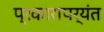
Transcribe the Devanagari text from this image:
प्रकारापर्यंत